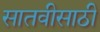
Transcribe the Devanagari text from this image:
सातवीसाठी